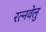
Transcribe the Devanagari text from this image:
रत्नवेलु